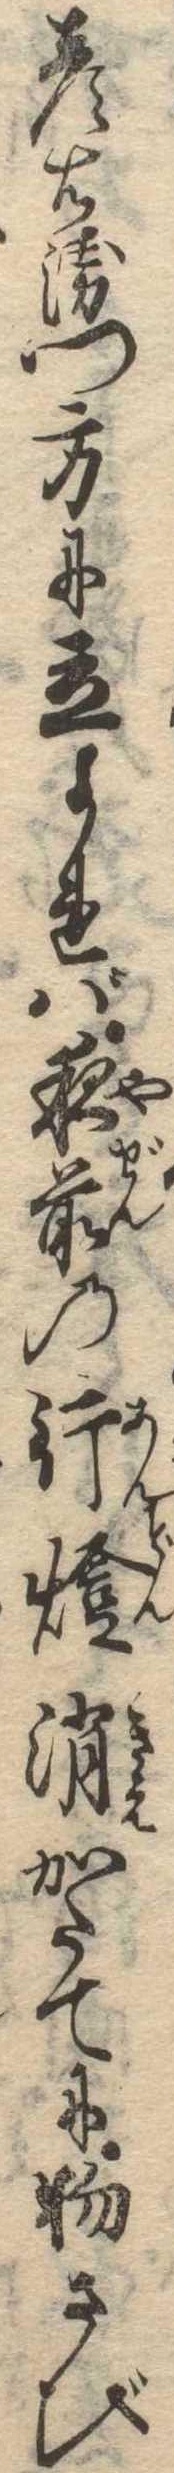
彦右衛門方に立よれば夜前の行灯消かたてに物さび